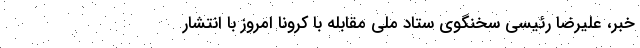
خبر، علیرضا رئیسی سخنگوی ستاد ملی مقابله با کرونا امروز با انتشار